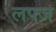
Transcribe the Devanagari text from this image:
लफ्ज